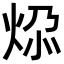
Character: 𬊅